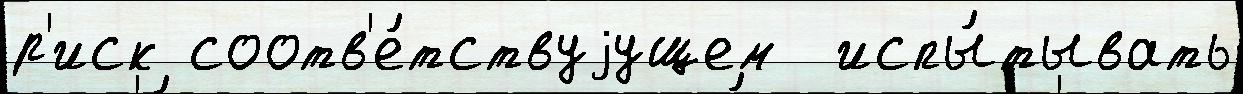
р'иск соотв'е́тствуjущем  испы́тывать